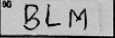
Transcription: BLM